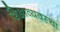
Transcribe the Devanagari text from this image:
शिक्षाव्यवस्था